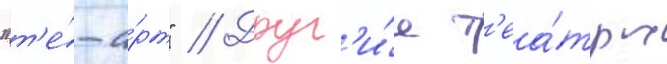
"т'е́-а́рт" // Друг'и́е т'еа́тры